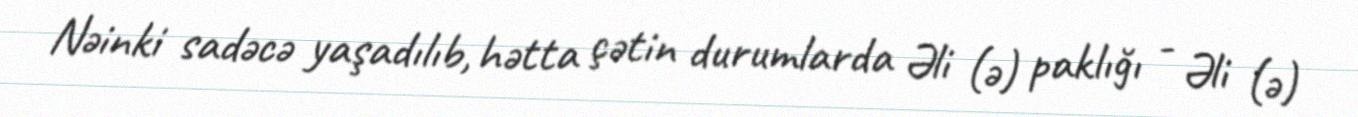
Nəinki sadəcə yaşadılıb, hətta çətin durumlarda Əli (ə) paklığı - Əli (ə)